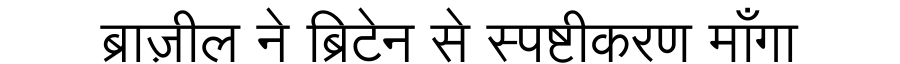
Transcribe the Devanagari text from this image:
ब्राज़ील ने ब्रिटेन से स्पष्टीकरण माँगा